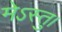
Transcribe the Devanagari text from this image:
मेऽस्तु।